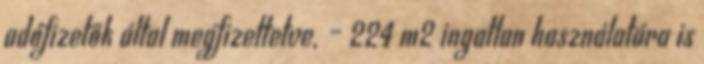
adófizetők által megfizettetve, – 224 m2 ingatlan használatára is